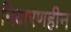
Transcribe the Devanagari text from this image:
निवारणहीन